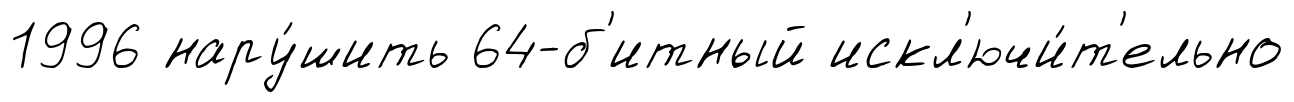
1996 нару́шить 64-б'итный искл'ючи́т'ельно